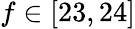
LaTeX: f\in[23,24]